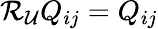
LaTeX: \mathcal{R}_{\mathcal{U}}Q_{ij}=Q_{ij}